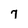
Character: 7